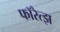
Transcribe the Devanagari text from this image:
फॉरेत्झ